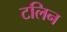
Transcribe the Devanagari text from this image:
टलिन